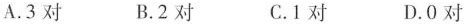
A.3对 B.2对 C.1对 D.0对